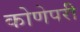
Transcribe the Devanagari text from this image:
कोणेपरी